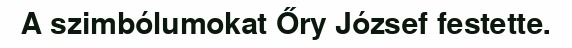
A szimbólumokat Őry József festette.